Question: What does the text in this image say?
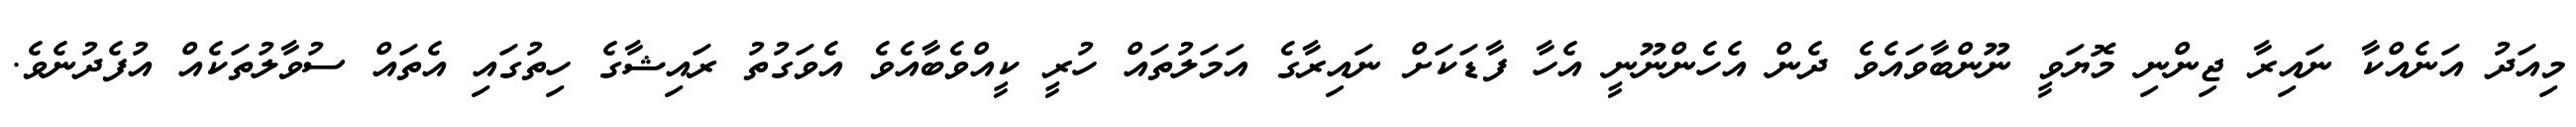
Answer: މިއަދު އަނެއްކާ ނައިރާ ޖިންނި މޮޔަވީ ނޫންބާވައެވެ ދެން އެހެންނޫނީ އެހާ ފާޑަކަށް ނައިރާގެ އަމަލުތައް ހުރީ ކީއްވެބާއެވެ އެވަގުތު ރައިޝާގެ ހިތުގައި އެތައް ސުވާލުތަކެއް އުފެދުނެވެ.